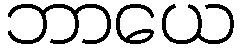
ဘာယေ